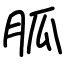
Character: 胍